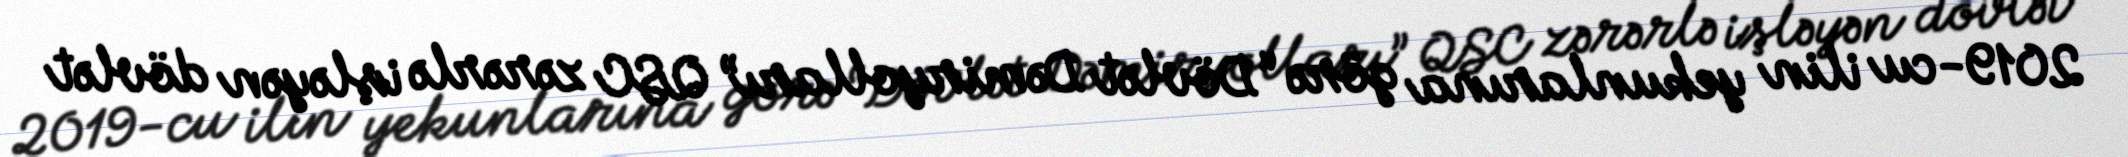
2019-cu ilin yekunlarına görə “Dövlət Dəmiryolları” QSC zərərlə işləyən dövlət